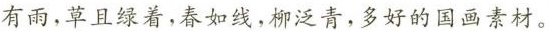
有雨，草且绿着，春如线，柳泛青，多好的国画素材。